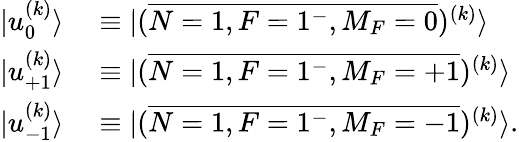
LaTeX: \begin{array}{rl}{|u_{0}^{(k)}\rangle}&{{}\equiv|(\overline{{N=1,F=1^{-},M_{F}=0}})^{(k)}\rangle}\\ {|u_{+1}^{(k)}\rangle}&{{}\equiv|(\overline{{N=1,F=1^{-},M_{F}=+1}})^{(k)}\rangle}\\ {|u_{-1}^{(k)}\rangle}&{{}\equiv|(\overline{{N=1,F=1^{-},M_{F}=-1}})^{(k)}\rangle.}\end{array}